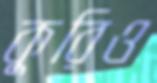
কুরিও